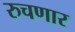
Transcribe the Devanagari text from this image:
रुचणार